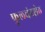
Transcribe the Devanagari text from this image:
फुलचंदशेठ